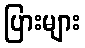
ပြားများ